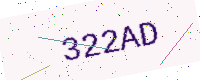
Text: 322AD